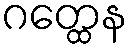
ဂတ္ထေန